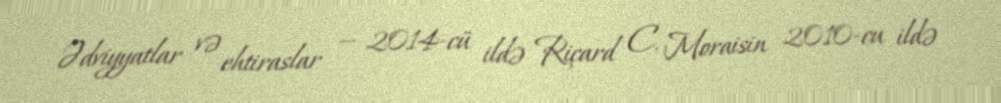
Ədviyyatlar və ehtiraslar — 2014-cü ildə Riçard C. Moraisin 2010-cu ildə